Annual report on the working of the mental hospitals in the Madras Presidency - 1912-1932
Year: 1912
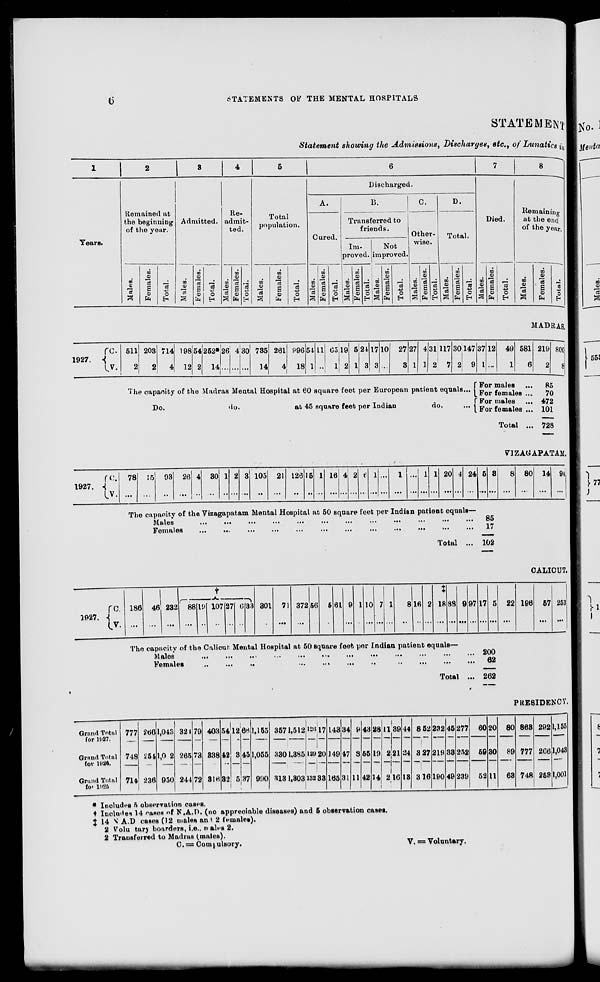
6
STATEMENTS OF THE MENTAL HOSPITALS
STATEMENT
Statement showing the Admissions, Discharges, etc., of Lunatics in
1
Years.
2
Remained at
the beginning
of the year.
Males.
Females.
Total.
3
Admitted.
Males.
Females.
Total.
4
Re-
admit-
ted.
Males.
Females.
Total.
5
Total
population.
Males.
Females.
Total.
6
Discharged.
A.
Cured.
Males.
Females.
Total.
B.
Transferred to
friends.
Im-
proved.
Males.
Females.
Total.
Not
improved.
Males.
Females.
Total.
C.
Other-
wise.
Males.
Females.
Total.
D.
Total.
Males.
Females.
Total.
7
Died.
Males.
Females.
Total.
8
Remaining
at the end
of the year.
Males.
Females.
Total.
MADRAS.
1927. C.
V.
511
2
203
2
714
4
198
12
54
2
252*
14
26
...
4
...
30
...
735
14
261
4
996
18
54
1
11
...
65
1
19
2
5
1
24
3
17
3
10
...
27
3
27
1
4
1
31
2
117
7
30
2
147
9
The capacity of the Madras Mental Hospital at 60 square feet per European patient equals...
Do.
do.
at 45 square feet per Indian
do.
37
1
12
...
49
1
581
6
219
2
800
8
For males ... 85
For females ... 70
For males ... 472
For females ... 101
Total ... 728
VIZAGAPATAM.
1927.
C.
V.
78
...
15
...
93
...
26
...
4
...
30
...
1
...
2
...
3
...
105
...
21
...
126
...
15
...
1
...
16
...
4
...
2
...
6
...
1
...
...
...
1
...
...
...
1
...
1
...
20
...
4
...
24
...
5
...
3
...
8
...
The capacity of the Vizagapatam Mental Hospital at 50 square feet per Indian patient equals—
Males
...
...
...
...
...
...
...
...
...
...
...
...
Females
...
...
...
...
...
...
...
...
...
Total ...
85
17
102
80
...
14
...
94
...
CALICUT.
1927.
C.
V.
186
...
46
...
232
...
†
88
...
19
...
107
...
27
...
6
...
33
...
301
...
71
...
372
...
56
...
5
...
61
...
9
...
1
...
10
...
7
...
1
...
8
...
16
...
2
...
18
...
88
...
9
...
97
...
17
...
5
...
The capacity of the Calicut Mental Hospital at 50 square feet per Indian patient equals—
Males
...
...
...
...
...
...
...
...
...
...
...
...
Females
...
...
...
...
...
...
...
...
...
...
...
...
Total ...
200
62
262
22
...
196
...
67
...
253
...
Grand Total
for 1927.
Grand Total
for 1926.
Grand Total
for 1925
777
748
714
266
254
236
1,043
1,002
950
324
265
244
79
73
72
403
338
316
54
42
32
12
3
5
66
45
37
1,155
1,055
990
357
330
313
1,512
1,385
1,303
126
129
132
17
20
33
143
149
165
34
47
31
9
8
11
43
55
42
28
19
14
11
2
2
39
21
16
44
24
13
8
3
3
PRESIDENCY.
52
27
16
232
219
190
45
33
49
277
252
239
60
59
52
20
30
11
80
89
63
863
777
748
292
266
253
1,155
1,043
1,001
* Includes 5 observation cases.
† Includes 14 cases of N.A.D. (no appreciable diseases) and 5 observation cases.
‡ 14 N. A.D cases (12 males and 2 females).
2 Voluntary boarders, i.e., males 2.
2 Transferred to Madras (males).
C. = Compulsory.
V. = Voluntary.